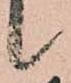
候